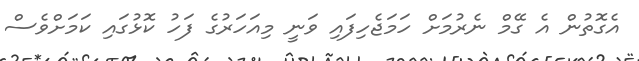
އެގޮތުން އެ ގޭމް ނެރުމަށް ހަމަޖެހިފައި ވަނީ މިއަހަރުގެ ފަހު ކޮޅުގައި ކަމަށްވެސް